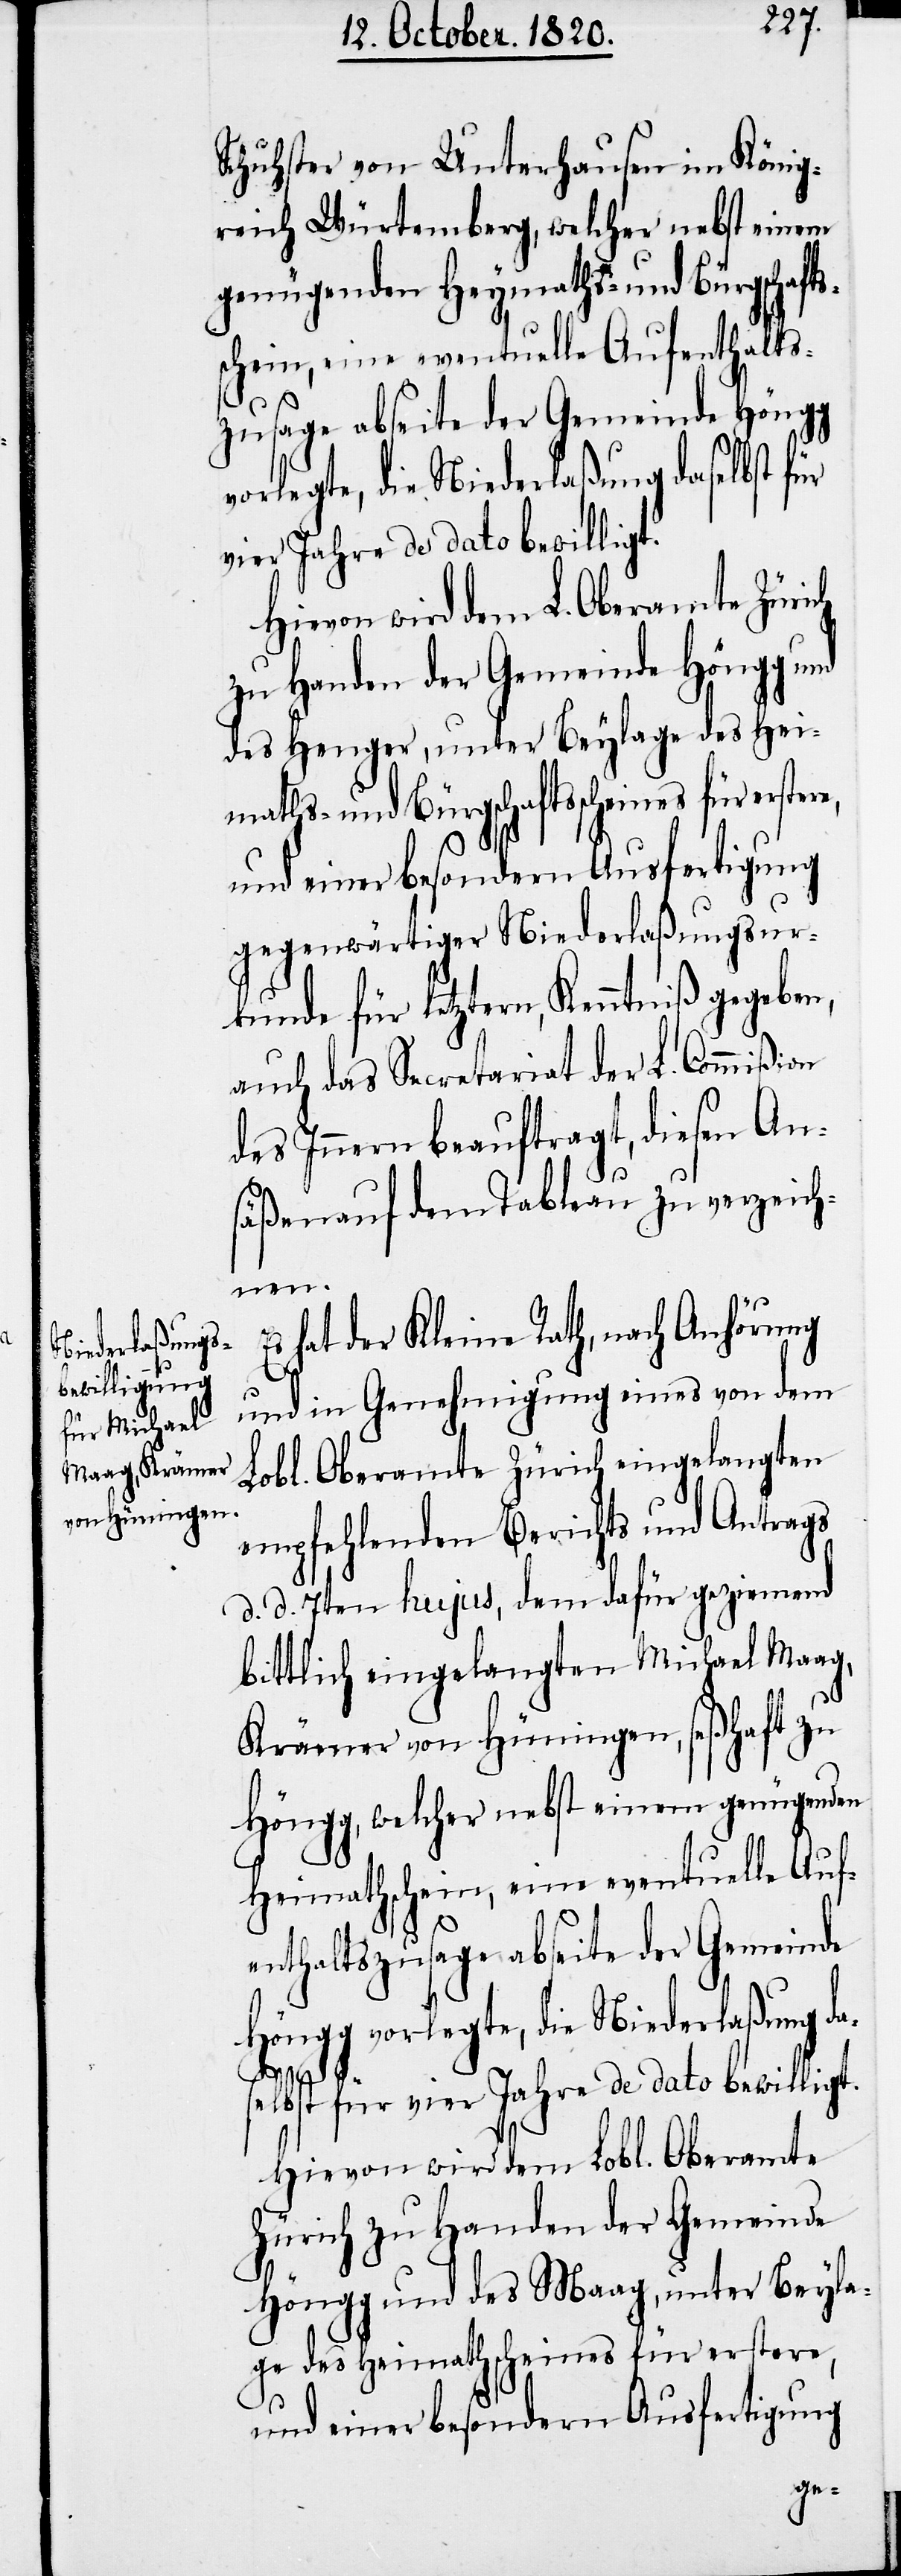
Schuhster von Unterhausen in König¬
reich Würtemberg, welcher nebst einem
genügenden Heymaths- und Bürgschafts¬
schein, eine eventuelle Aufenthalts¬
zusage abseite der Gemeinde Höngg
vorlegte, die Niederlaßung daselbst für
vier Jahre de dato bewilligt.
Hievon wird dem L. Oberamte Zürich
zu Handen der Gemeinde Höngg und
des Henger, unter Beylage des Hei¬
maths- und Bürgschaftsscheines für erste¬
und einer besondern Ausfertigung
gegenwärtiger Niederlaßungsur¬
kunde für letztern, Kenntniß gegeben,
auch das Secretariat der L. Commißion
des Innern beauftragt, diesen An¬
säßen auf dem Tableau zu verzeich¬
nen.
hat der Kleine Rath, nach Anhörung
und in Genehmigung eines von dem
Lobl. Oberamte Zürich eingelangten
empfehlenden Berichts und Antrags
d. d. 7ten hujus, dem dafür geziemend
bittlich eingelangten Michael Maag,
Krämer von Hüningen, seßhaft zu
Höngg, welcher nebst einen genügenden
Heimathschein, eine eventuelle Auf¬
enthaltszusage abseite der Gemeinde
Höngg vorlegte, die Niederlaßung da¬
selbst für vier Jahre de dato bewilligt.
Hievon wird dem Lobl. Oberamte
Zürich zu Handen der Gemeinde
Höngg und des Maag, unter Beyla¬
ge des Heimathscheines für erstere,
und einer besondern Ausfertigung